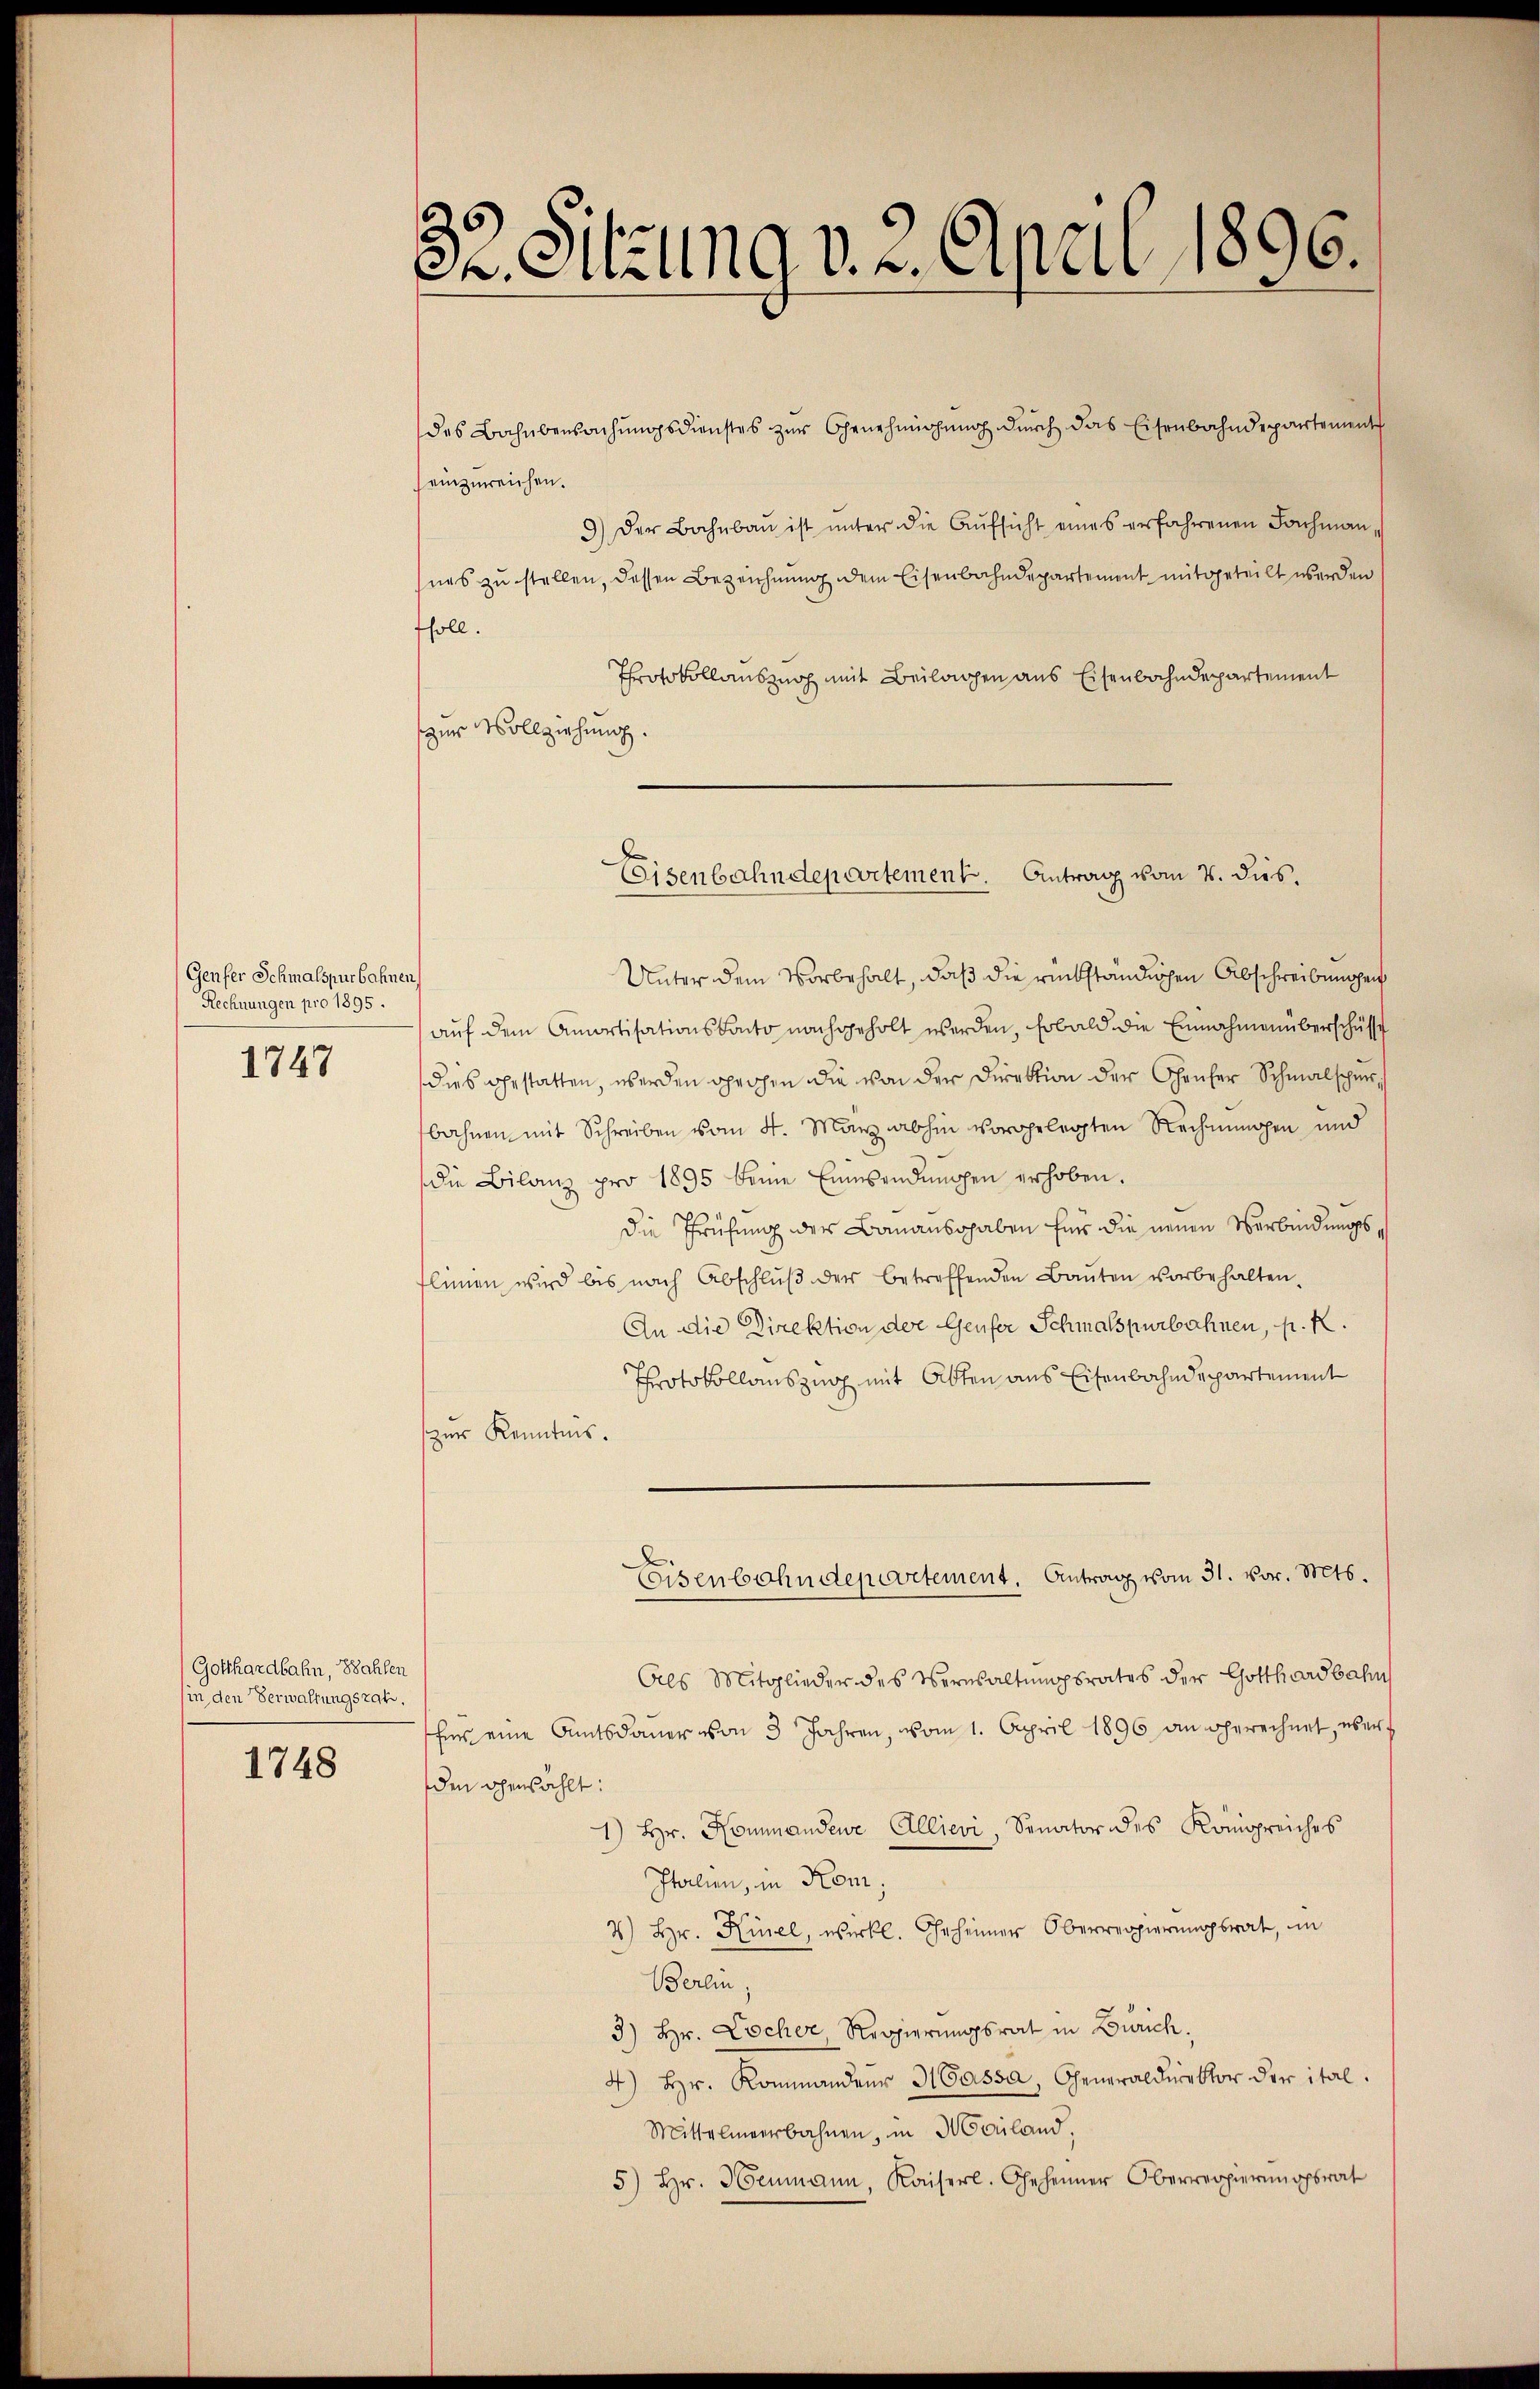
(Genfer Schmalspurbahnen
Rechnungen pro 1895.

1747

Gotthardbahn, Wahlen
(in den Verwaltungsrat,

1748

32. Sitzung v. 3. April 1896.

des Bahnbenachungsdienstes zur Genehmigung durch das Eisenbahndepartement
einzureichen.
9.) Der Bahnbaŭ ist ŭnter die Aŭfsicht eines erfahrenen Fachman
nes zu stellen, dessen Bezeichnung dem Eisenbahndepartement mitgeteilt werden s
fsoll.
Protokollauszug mit Beilagen aus Eisenbahndepartement
zur Vollziehung.
Unter dem Vorbehalt, daß die rückständlichen Abschreibungen
auf dem Quartisationskonto nachgeholt werden, Erbald die Einnahmen überschüsse
dies gestatten, werden Speichen die von der Direktion der Thrüher Schmalscher
bahnen mit Schreiben vom 4. Manz abhin vorgelegten Rechnungen und
die Bilanz pro 1895 beine Einwendŭngen erhoben.
die Prüfung der Bauansohaben für die neuen Verbindungsflinen wird bis nach Abschlŭβ der betreffenden Baŭten vorbehalten.
An die Direktion der Genfer Schmalspurbahnen, pr. K.
Protokollauszug mit Alten aus Eisenbahndepartement
zur Kenntnis.
eisenbahndepartement. Antrag vom 31. vor. Mts.
Als Mitglieder des Vernsaltungsrates der Gotthardbahn
für eine Amtsdauer von 3 Jahren, vom 1. April 1896 an gerechnet, eser
den ohenzählt:
1) Hr. Kommandene Allievi, Senator des Königreiches
Italien, in Kom¬
2) Hr. Künel, wirkl. Geheimer Oberregierungsrat, in
Berlin,
3) Hr. Locher Regierungsrat in Zürich,
4) Hr. Kommandeur Massa, Generaldirektor der ital.
Mittelmeerbahnen, in Mouland,
5) Hr. Heumann, Kaiserl. Geheimer Oberregierungsrat

Eisenbahndepartement. Antrag vom 4. dies.